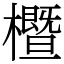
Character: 櫭